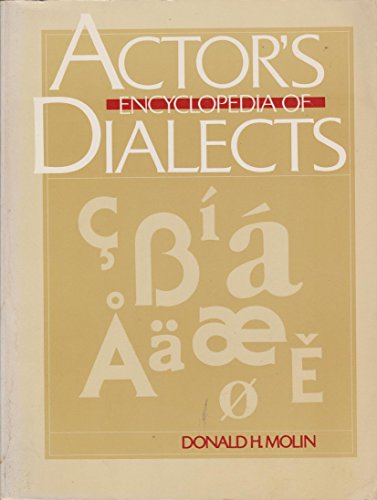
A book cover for Actor's Encyclopedia of Dialects; Donald H. Molin; Humor & Entertainment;